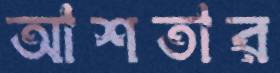
আশতার